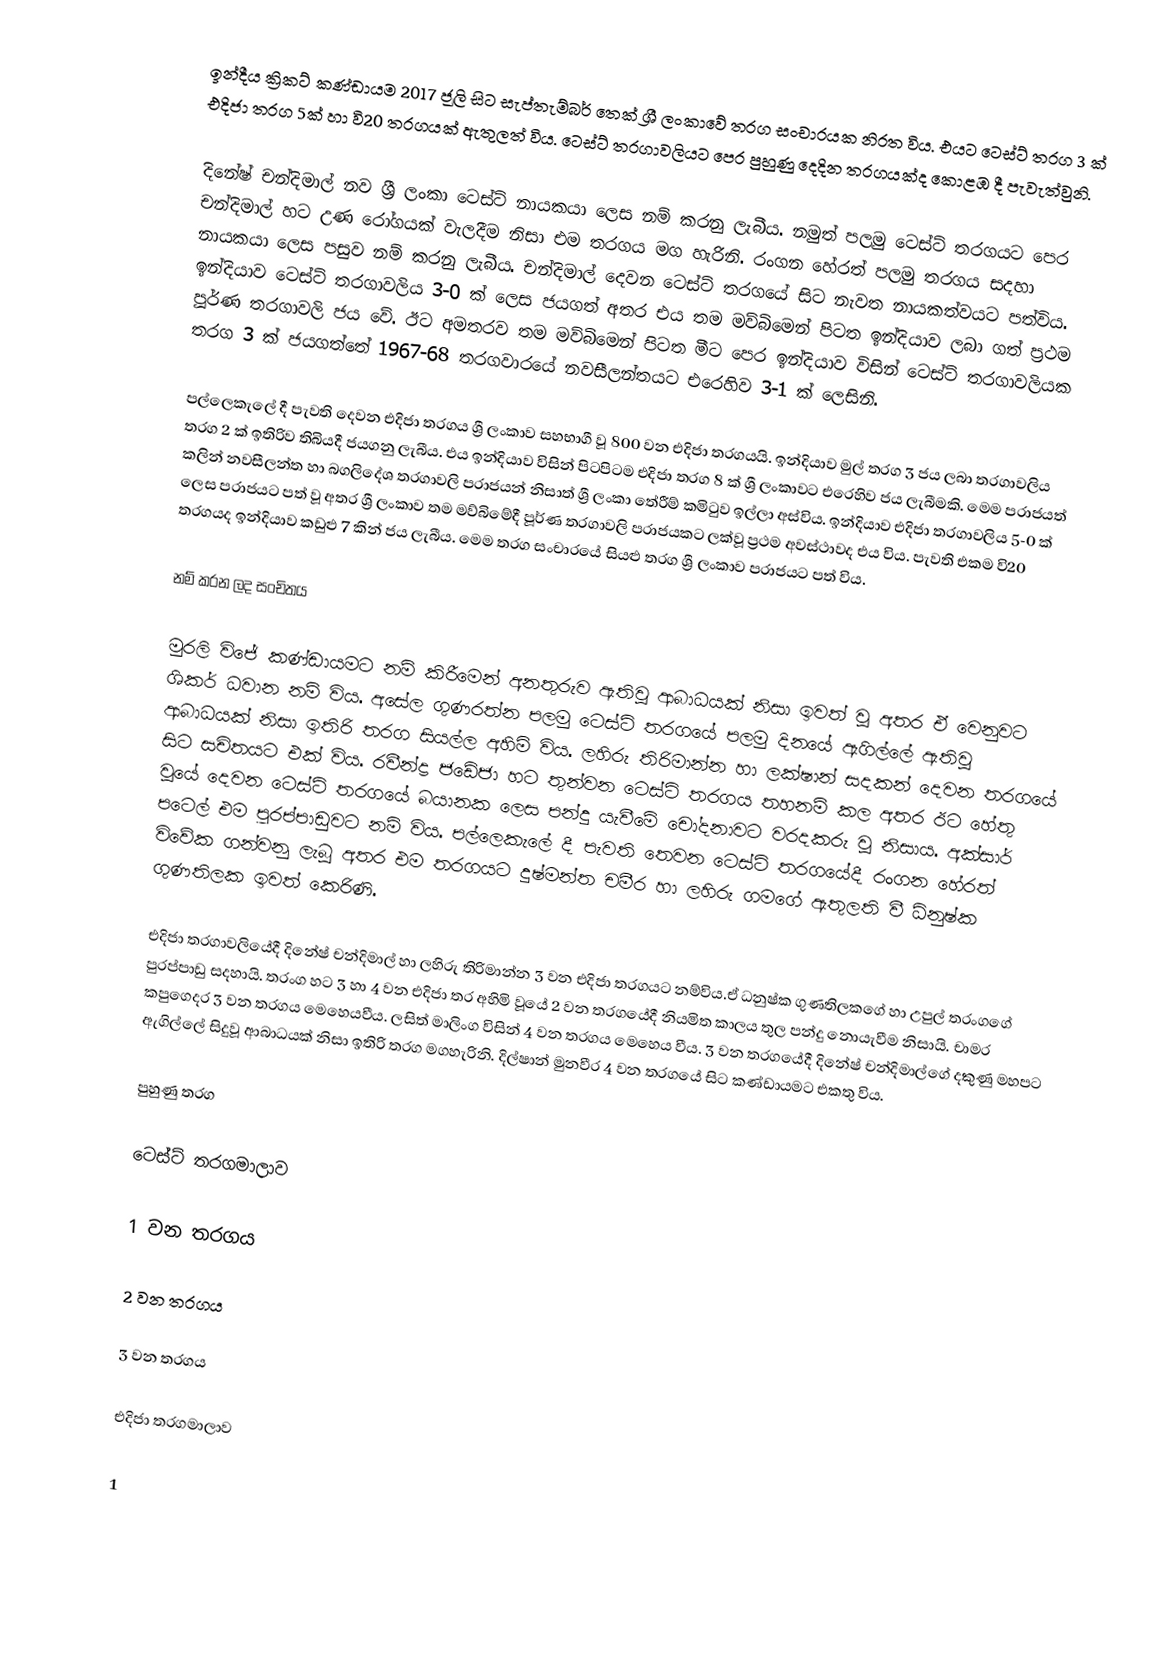
ඉන්දීය ක්‍රිකට් කණ්ඩායම 2017 ජූලි සිට සැප්තැම්බර් තෙක් ශ්‍රී ලංකාවේ තරග සංචාරයක නිරත විය. එයට ටෙස්ට් තරග 3 ක් එදිජා තරග 5ක් හා වි20 තරගයක් ඇතුලත් විය. ටෙස්ට් තරගාවලියට පෙර පුහුණු දෙදින තරගයක්ද කොළඹ දී පැවැත්වුනි.

දිනේෂ් චන්දිමාල් නව ශ්‍රී ලංකා ටෙස්ට් නායකයා ලෙස නම් කරනු ලැබීය. නමුත් පලමු ටෙස්ට් තරගයට පෙර චන්දිමාල් හට උණ රෝගයක් වැලදීම නිසා එම තරගය මග හැරිනි. රංගන හේරත් පලමු තරගය සදහා නායකයා ලෙස පසුව නම් කරනු ලැබීය. චන්දිමාල් දෙවන ටෙස්ට් තරගයේ සිට නැවත නායකත්වයට පත්විය. ඉන්දියාව ටෙස්ට් තරගාවලිය 3-0 ක් ලෙස ජයගත් අතර එය තම මව්බිමෙන් පිටත ඉන්දියාව ලබා ගත් ප්‍රථම පූර්ණ තරගාවලි ජය වේ. ඊට අමතරව තම මව්බිමෙන් පිටත මීට පෙර ඉන්දියාව විසින් ටෙස්ට් තරගාවලියක තරග 3 ක් ජයගත්තේ 1967-68 තරගවාරයේ නවසීලන්තයට එරෙහිව 3-1 ක් ලෙසිනි.

පල්ලෙකැලේ දී පැවති දෙවන එදිජා තරගය ශ්‍රී ලංකාව සහභාගී වූ 800 වන එදිජා තරගයයි. ඉන්දියාව මුල් තරග 3 ජය ලබා තරගාවලිය තරග 2 ක් ඉතිරිව තිබියදී ජයගනු ලැබීය. එය ඉන්දියාව විසින් පිටපිටම එදිජා තරග 8 ක් ශ්‍රී ලංකාවට එරෙහිව ජය ලැබීමකි. මෙම පරාජයත් කලින් නවසීලන්ත හා බගලිදේශ තරගාවලි පරාජයන් නිසාත් ශ්‍රී ලංකා තේරීම් කමිටුව ඉල්ලා අස්විය. ඉන්දියාව එදිජා තරගාවලිය 5-0 ක් ලෙස පරාජයට පත් වූ අතර ශ්‍රී ලංකාව තම මව්බිමේදී පූර්ණ තරගාවලි පරාජයකට ලක්වූ ප්‍රථම අවස්ථාවද එය විය. පැවති එකම වි20 තරගයද ඉන්දියාව කඩුළු 7 කින් ජය ලැබීය. මෙම තරග සංචාරයේ සියළු තරග ශ්‍රී ලංකාව පරාජයට පත් විය.

නම් කරන ලද සංචිතය

මුරලි විජේ කණ්ඩායමට නම් කිරීමෙන් අනතුරුව ඇතිවූ ආබාධයක් නිසා ඉවත් වූ අතර ඒ වෙනුවට ශිකර් ධවාන නම් විය. අසේල ගුණරත්න පලමු ටෙස්ට් තරගයේ පලමු දිනයේ ඇගිල්ලේ ඇතිවූ ආබාධයක් නිසා ඉතිරි තරග සියල්ල අහිමි විය. ලහිරු තිරිමාන්න හා ලක්ෂාන් සදකන් දෙවන තරගයේ සිට සචිතයට එක් විය. රවීන්ද්‍ර ජඩේජා හට තුන්වන ටෙස්ට් තරගය තහනම් කල අතර ඊට හේතු වූයේ දෙවන ටෙස්ට් තරගයේ බයානක ලෙස පන්දු යැවීමේ චෝදනාවට වරදකරු වූ නිසාය. අක්සාර් පටෙල් එම පුරප්පාඩුවට නම් විය. පල්ලෙකැලේ දී පැවති තෙවන ටෙස්ට් තරගයේදී රංගන හේරත් විවේක ගන්වනු ලැබූ අතර එම තරගයට දුෂ්මන්ත චමීර හා ලහිරු ගමගේ ඇතුලති වී ධ්නුෂ්ක ගුණතිලක ඉවත් කෙරිණි.

එදිජා තරගාවලියේදී දිනේෂ් චන්දිමාල් හා ලහිරු තිරිමාන්න 3 වන එදිජා තරගයට නම්විය.ඒ ධනුෂ්ක ගුණතිලකගේ හා උපුල් තරංගගේ පුරප්පාඩු සදහායි. තරංග හට 3 හා 4 වන එදිජා තර අහිමි වූයේ 2 වන තරගයේදී නියමිත කාලය තුල පන්දු නොයැවීම නිසායි. චාමර කපුගෙදර 3 වන තරගය මෙහෙයවීය. ලසිත් මාලිංග විසින් 4 වන තරගය මෙහෙය වීය. 3 වන තරගයේදී දිනේෂ් චන්දිමාල්ගේ දකුණු මහපට ඇගිල්ලේ සිදුවූ ආබාධයක් නිසා ඉතිරි තරග මගහැරිනි. දිල්ෂාන් මුනවීර 4 වන තරගයේ සිට කණ්ඩායමට එකතු විය.

පුහුණු තරග

ටෙස්ට් තරගමාලාව

1 වන තරගය

2 වන තරගය

3 වන තරගය

එදිජා තරගමාලාව

1